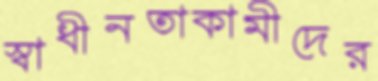
স্বাধীনতাকামীদের